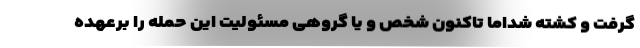
گرفت و کشته شداما تاکنون شخص و یا گروهی مسئولیت این حمله را برعهده